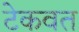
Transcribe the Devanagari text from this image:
टेकवत